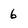
Character: 6